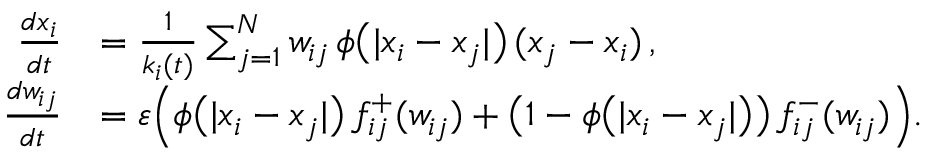
\begin{array} { r l } { \frac { d x _ { i } } { d t } } & { = \frac { 1 } { k _ { i } ( t ) } \sum _ { j = 1 } ^ { N } w _ { i j } \, \phi \big ( | x _ { i } - x _ { j } | \big ) \, ( x _ { j } - x _ { i } ) \, , } \\ { \frac { d w _ { i j } } { d t } } & { = \varepsilon \Big ( \phi \big ( | x _ { i } - x _ { j } | \big ) \, f _ { i j } ^ { + } ( w _ { i j } ) + \big ( 1 - \phi \big ( | x _ { i } - x _ { j } | \big ) \big ) \, f _ { i j } ^ { - } ( w _ { i j } ) \Big ) . } \end{array}